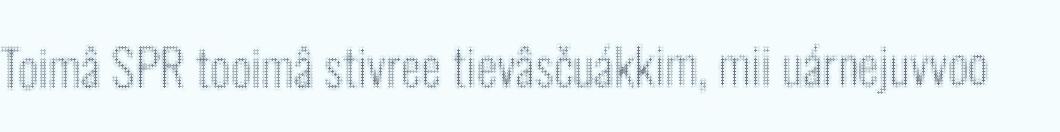
Toimâ SPR tooimâ stivree tievâsčuákkim, mii uárnejuvvoo